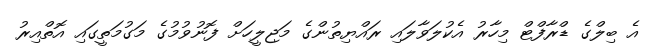
އެ ބިލްގެ ޑްރާފްޓް މިހާރު އެކުލަވާލައި ރައްޔިތުންގެ މަޖިލީހަށް ފޮނުވުމުގެ މަގުމަތީގައި އޮތްއިރު